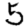
Digit: 5